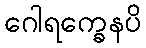
ဂေါရက္ခေနပိ